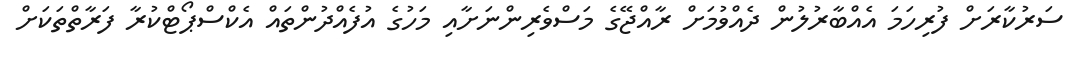
ސަރުކާރަށް ފުރިހަމަ އެއްބާރުލުން ދެއްވުމަށް ރާއްޖޭގެ މަސްވެރިންނަށާއި މަހުގެ އުފެއްދުންތައް އެކްސްޕޯޓްކުރާ ފަރާތްތަކަށް